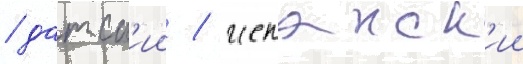
/ датск'ии / испанск'ии